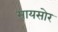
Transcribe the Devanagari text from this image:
मायसोर